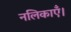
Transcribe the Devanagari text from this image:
नलिकाएँ।